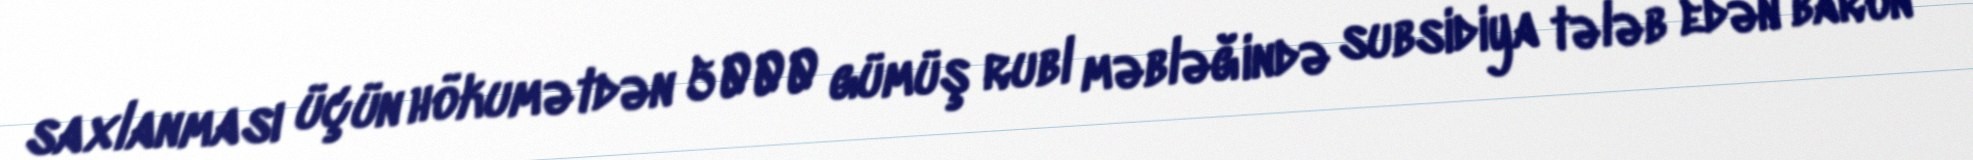
saxlanması üçün hökumətdən 5000 gümüş rubl məbləğində subsidiya tələb edən baron